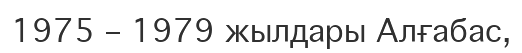
1975 – 1979 жылдары Алғабас,